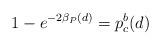
LaTeX: \begin{align*}1-e^{-2\beta_P(d)}=p_c^b(d)\end{align*}